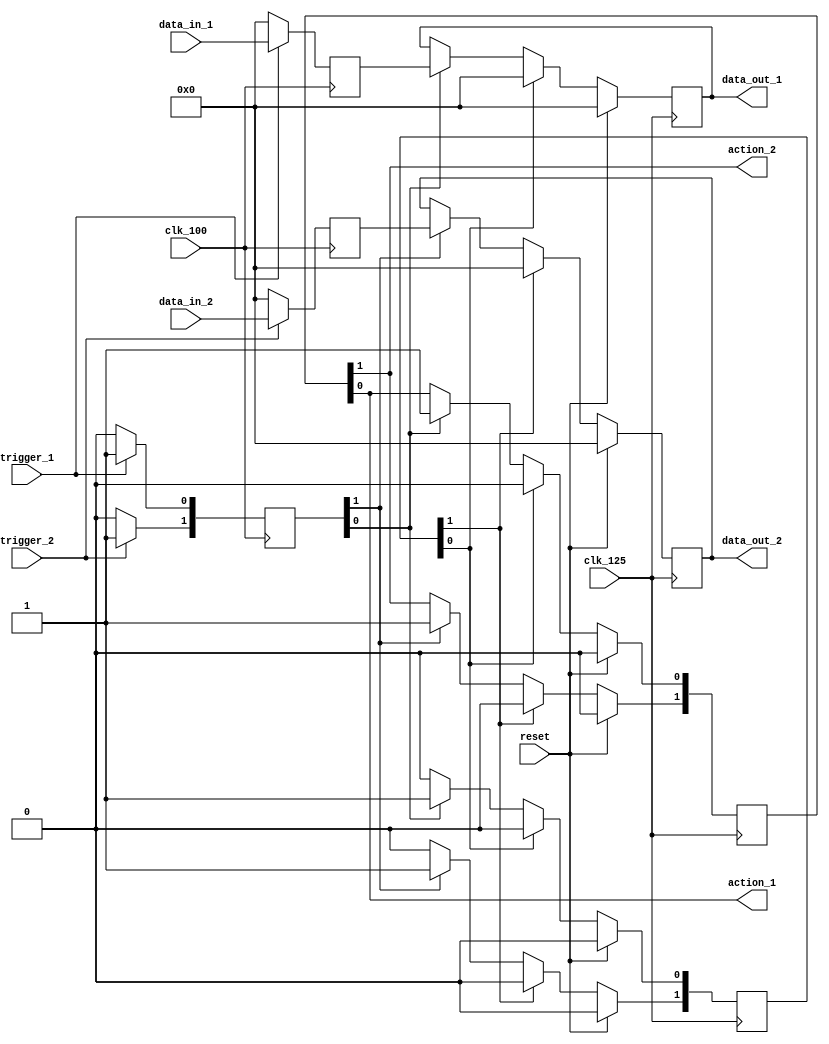
`timescale 1ns / 1ps
//////////////////////////////////////////////////////////////////////////////////
// Company: 
// Engineer: 
// 
// Design Name: 
// Module Name:    cross_domain_clock 
// Project Name: 
// Target Devices: 
// Tool versions: 
// Description: 
//
// Dependencies: 
//
// Revision: 
// Revision 0.01 - File Created
// Additional Comments: 
//
//////////////////////////////////////////////////////////////////////////////////
module cross_domain_clock(

	input clk_100,
	input clk_125,
	input reset,
	input trigger_1,
	input trigger_2,
	input [7:0] data_in_1,
	input [7:0] data_in_2,
	
	output action_1,
	output action_2,
	output [7:0] data_out_1,
	output [7:0] data_out_2
	
);

reg [1:0] triggers = 0;
reg [1:0] actions = 0;
reg [7:0] data_in_1_buffer = 0;
reg [7:0] data_in_2_buffer = 0;
reg [7:0] data_out_reg_1 = 0;
reg [7:0] data_out_reg_2 = 0;

always @(posedge clk_100) begin
	if (trigger_1) begin
		triggers[0] <= 1;
		data_in_1_buffer <= data_in_1;
	end
	else begin
		triggers[0] <= 0;
		data_in_1_buffer <= 8'h00;
	end
	if (trigger_2) begin
		triggers[1] <= 1;
		data_in_2_buffer <= data_in_2;
	end
	else begin
		triggers[1] <= 0;
		data_in_2_buffer <= 8'h00;
	end
end

reg [1:0] clear = 0;

always @(posedge clk_125) begin
	if(reset) begin
		actions <= 2'b00;
		data_out_reg_1 <= 8'h00;
		data_out_reg_2 <= 8'h00;
		clear <= 2'b00;
	end
	else begin
		if (clear[0]) begin
			clear[0] <= 0;
			actions[0] <= 0;
			data_out_reg_1 <= 8'h00;
		end
		else if (triggers[0]) begin
			clear[0] <= 1;
			actions[0] <= 1;
			data_out_reg_1 <= data_in_1_buffer;
		end
		
		if (clear[1]) begin
			clear[1] <= 0;
			actions[1] <= 0;
			data_out_reg_2 <= 8'h00;
		end
		else if (triggers[1]) begin
			clear[1] <= 1;
			actions[1] <= 1;
			data_out_reg_2 <= data_in_2_buffer;
		end
	end
end

assign action_1 = actions[0];
assign action_2 = actions[1];
assign data_out_1 = data_out_reg_1;
assign data_out_2 = data_out_reg_2;


endmodule